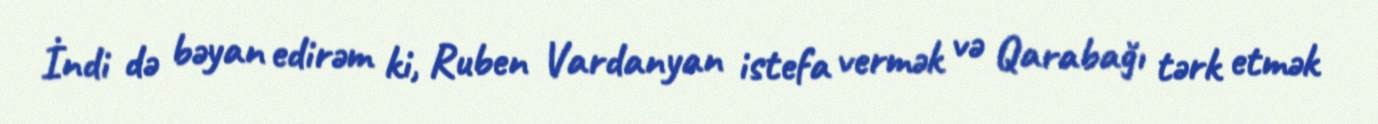
İndi də bəyan edirəm ki, Ruben Vardanyan istefa vermək və Qarabağı tərk etmək